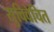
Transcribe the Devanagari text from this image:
सुविवेचित